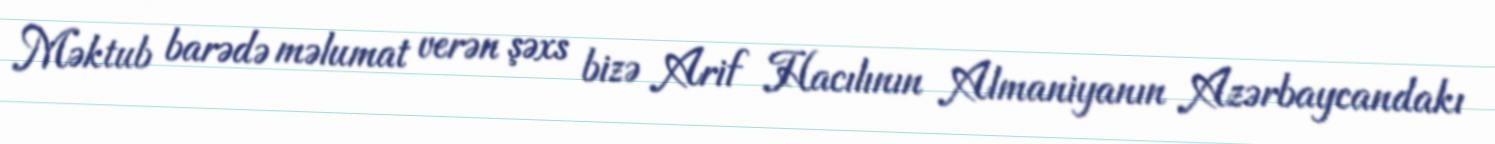
Məktub barədə məlumat verən şəxs bizə Arif Hacılının Almaniyanın Azərbaycandakı